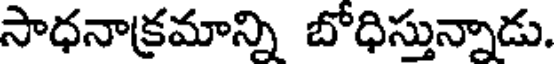
సాధనాక్రమాన్ని బోధిస్తున్నాడు.